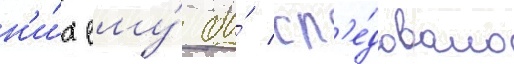
н'и́х ему́ бы́ сл'е́довало